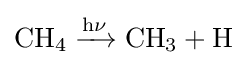
{\mathrm {CH} {\vphantom {A}}_{\smash[{t}]{4}}{}\mathrel {\xrightarrow {\mathrm {h\nu } } } {}\mathrm {CH} {\vphantom {A}}_{\smash[{t}]{3}}{}+{}\mathrm {H} }